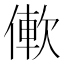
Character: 𫣑